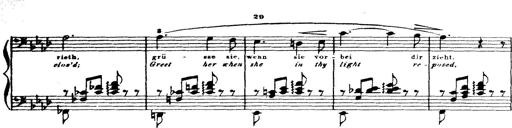
Title: Wagner-Liszt Album
Composer: Franz Liszt